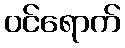
ဝင်ရောက်